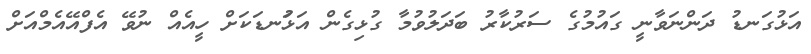
އަޅުގަނޑު ދަންނަވާނީ ގައުމުގެ ސަރުކާރު ބަދަލުވުމާ ގުޅިގެން އަޅުަނޑަކަށް ހީއެއް ނުވޭ އެފްއޭއެމްއަށް